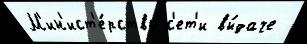
М'ин'ист'е́рство с'ет'и вы́даче